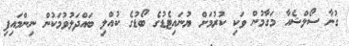
ގުނާ ސޯލްޝެއާ މަގާމުން ވަކި ކުރުމަށް ޔުނައިޓެޑުގެ ބޯޑުގެ ކުއްލި ބައްދަލުވުމަކުން ނިންމައިފި